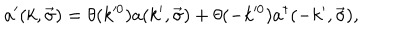
LaTeX: a ^ { \prime } ( k , \vec { \sigma } ) = \theta ( k ^ { \prime 0 } ) a ( k ^ { \prime } , \vec { \sigma } ) + \theta ( - k ^ { \prime 0 } ) a ^ { \dagger } ( - k ^ { \prime } , \vec { \sigma } ) ,